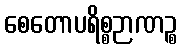
စေတောပရိစ္စဉာဏဉ္စ